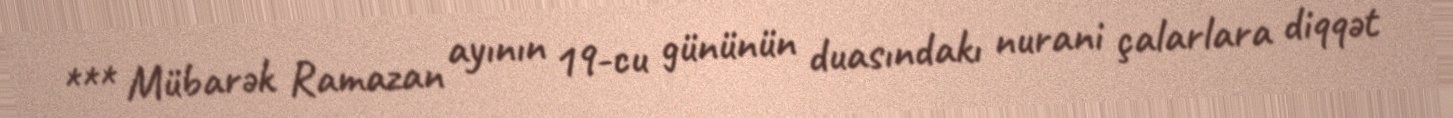
*** Mübarək Ramazan ayının 19-cu gününün duasındakı nurani çalarlara diqqət